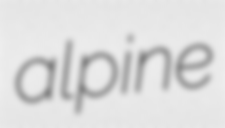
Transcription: alpine